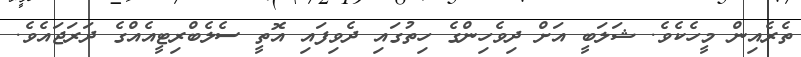
ތެރެއިން މީހެކެވެ. ޝަލަބީ އަށް ދިވެހިންގެ ހިތުގައި ދެވިފައި އޮތީ ސެލެބްރިޓީއެއްގެ ދަރަޖައެވެ.